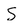
Character: S